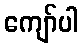
ကျော်ပါ